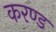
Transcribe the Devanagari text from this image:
करण्ड